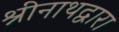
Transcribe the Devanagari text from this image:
श्रीनाथद्वारा